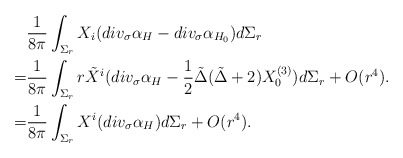
\begin{align*} &\frac{1}{8 \pi} \int_{\Sigma_r} X_i ( div_{\sigma} \alpha_{H} - div_{\sigma} \alpha_{H_0} )d \Sigma_r \\=& \frac{1}{8 \pi} \int_{\Sigma_r} r \tilde X^i ( div_{\sigma} \alpha_{H} -\frac{1}{2} \tilde \Delta ( \tilde \Delta +2 ) X_0^{(3)} ) d \Sigma_r +O(r^4).\\=& \frac{1}{8 \pi} \int_{\Sigma_r} X^i ( div_{\sigma} \alpha_{H} )d \Sigma_r +O(r^4).\end{align*}